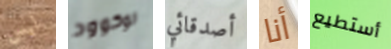
ليس لوكوود أصدقائي أنا أستطيع